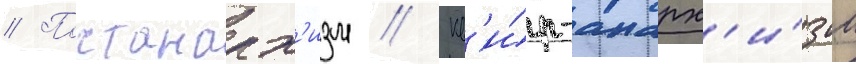
// Постанарх'изм // Кв'и́р-анарх'и́зм